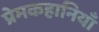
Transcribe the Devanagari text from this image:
प्रेमकहानियाँ